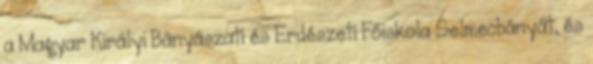
a Magyar Királyi Bányászati és Erdészeti Főiskola Selmecbányát, és